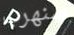
سنهرب